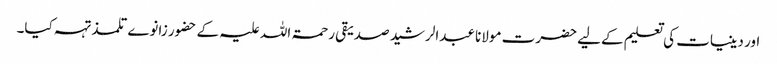
اور دینیات کی تعلیم کےلیے حضرت مولانا عبدالرشید صدیقی رحمۃ اللہ علیہ کے حضور زانوے تلمذ تہہ کیا۔